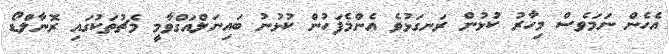
އެހެން ނަމަވެސް މިހާރު ކުޅުން ރަނގަޅުވެ އެންމެފަހުން ކުޅުނު ބައިނަލްއަގްވާމީ މެޗުތަކުގައި ރޮނާލްޑޯ